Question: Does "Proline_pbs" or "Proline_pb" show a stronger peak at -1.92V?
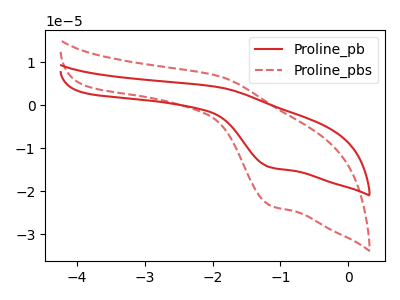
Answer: <think>The red curve "Proline_pb" has an anodic peak at (-1.90V, 4.20uA) and a cathodic peak at (-1.15V, -14.45uA). The red dashed curve "Proline_pbs" has an anodic peak at (-1.90V, 6.80uA) and a cathodic peak at (-1.15V, -23.30uA).</think>
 <answer>The peak at -1.92V is higher in "Proline_pbs" than in "Proline_pb".</answer>
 <eval>higher</eval>